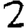
Digit: 2